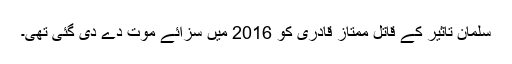
سلمان تاثیر کے قاتل ممتاز قادری کو 2016 میں سزائے موت دے دی گئی تھی۔